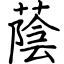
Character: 蔭